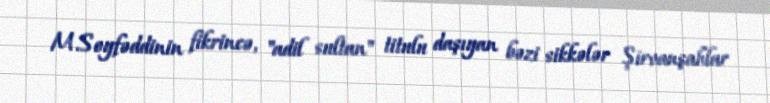
M.Seyfəddinin fikrincə, "adil sultan" titulu daşıyan bəzi sikkələr Şirvanşahlar